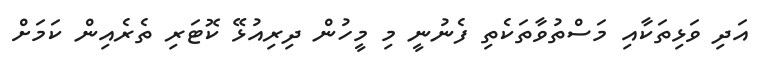
އަދި ވަޅިތަކާއި މަސްތުވާތަކެތި ފެނުނީ މި މީހުން ދިރިއުޅޭ ކޮޓަރި ތެރެއިން ކަމަށް